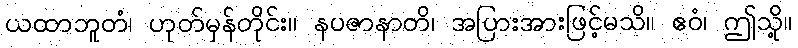
ယထာဘူတံ၊ ဟုတ်မှန်တိုင်း။ နပဇာနာတိ၊ အပြားအားဖြင့်မသိ။ ဧဝံ၊ ဤသို့။